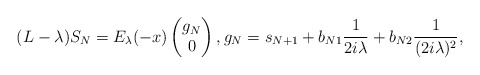
\begin{align*}(L-\lambda)S_N= E_{\lambda}(-x)\begin{pmatrix}g_N\\ 0\end{pmatrix} ,g_N= s_{N+1}+ b_{N1}\frac{1}{2i\lambda} + b_{N2}\frac{1}{(2i\lambda)^2},\end{align*}